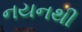
નયનથી